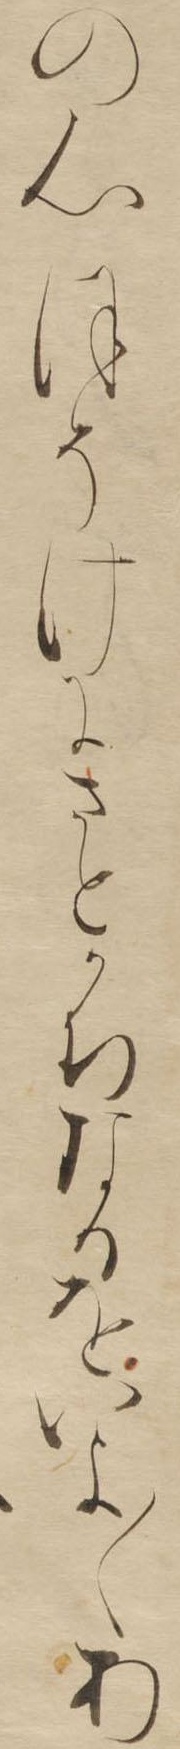
の心ほそけにさとかちなるをいよ〱あ